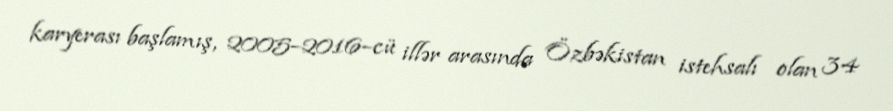
karyerası başlamış, 2005–2016–cü illər arasında Özbəkistan istehsalı olan 34